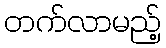
တက်လာမည့်